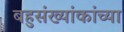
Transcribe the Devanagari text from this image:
बहुसंख्यांकांच्या